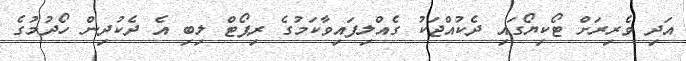
އަދި ވެރިރަށް ޓޯކިޔޯގައި ދެކުއްޖަކު ގެއްލިފައިވާކަމުގެ ރިޕޯޓް ލިބި އެ ދެކުދިން ހޯދުމުގެ